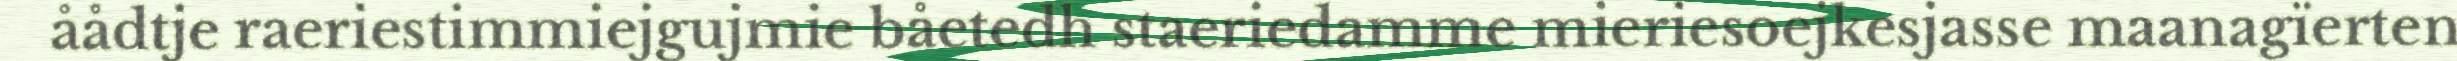
åådtje raeriestimmiejgujmie båetedh staeriedamme mieriesoejkesjasse maanagïerten